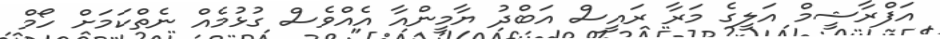
އަފްރާޝީމް އަލީގެ މަރާ ރައީސް އަބްދު ޔާމީންއާ އެއްވެސް ގުޅުމެއް ނެތްކަމަށް ހޯމް